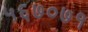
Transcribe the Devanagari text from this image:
५६७०७१